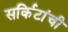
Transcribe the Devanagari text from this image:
सर्किटांची